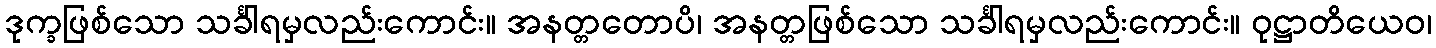
ဒုက္ခဖြစ်သော သင်္ခါရမှလည်းကောင်း။ အနတ္တတောပိ၊ အနတ္တဖြစ်သော သင်္ခါရမှလည်းကောင်း။ ဝုဋ္ဌာတိယေဝ၊